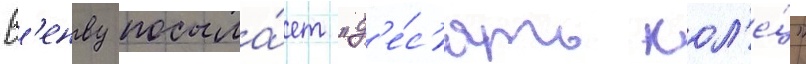
В'енву посыла́ет "д'е́с'ять кол'е́ц"